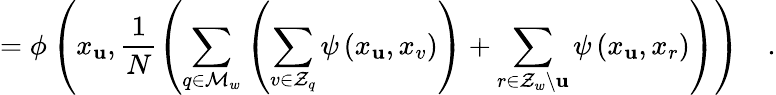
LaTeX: =\phi\left(x_{\mathbf{u}},\frac{{1}}{{N}}\left(\sum_{q\in\mathcal{{M}}_{w}}\left(\sum_{v\in\mathcal{{Z}}_{q}}\psi\left(x_{\mathbf{u}},x_{v}\right)\right)+\sum_{r\in\mathcal{{Z}}_{w}\backslash\mathbf{u}}\psi\left(x_{\mathbf{u}},x_{r}\right)\right)\right)\quad.